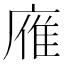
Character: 䧹